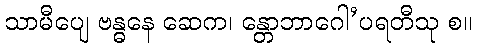
သာမီပျေ ဗန္ဓနေ ဆေက၊ န္တောဘာဂေါ’ပရတီသု စ။